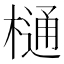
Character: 樋